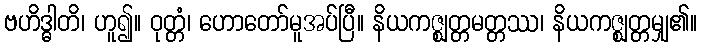
ဗဟိဒ္ဓါတိ၊ ဟူ၍။ ဝုတ္တံ၊ ဟောတော်မူအပ်ပြီ။ နိယကဇ္ဈတ္တမတ္တဿ၊ နိယကဇ္ဈတ္တမျှ၏။